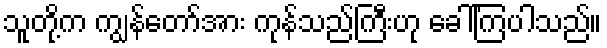
သူတို့က ကျွန်တော်အား ကုန်သည်ကြီးဟု ခေါ်ကြပါသည်။